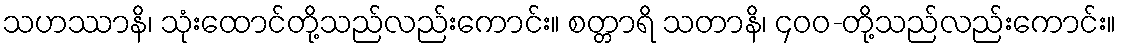
သဟဿာနိ၊ သုံးထောင်တို့သည်လည်းကောင်း။ စတ္တာရိ သတာနိ၊ ၄၀၀-တို့သည်လည်းကောင်း။